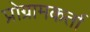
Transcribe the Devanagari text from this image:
प्रोग्रामकर्ता